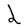
Character: d